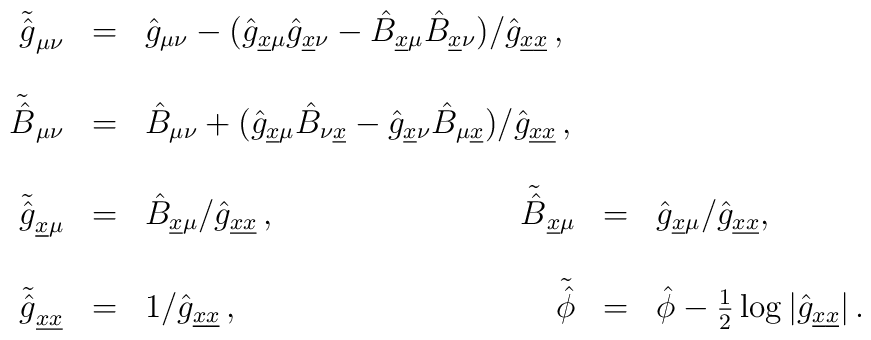
\begin{array}{rclrcl}\tilde{\hat{g}}_{\mu\nu} & = &\hat{g}_{\mu\nu}-(\hat{g}_{\underline{x}\mu}\hat{g}_{\underline{x}\nu}-\hat{B}_{\underline{x}\mu}\hat{B}_{\underline{x}\nu})/\hat{g}_{\underline{x}\underline{x}}\, ,\hspace{-1cm}& & &\\& & & & &\\\tilde{\hat{B}}_{\mu\nu} & = &\hat{B}_{\mu\nu}+(\hat{g}_{\underline{x}\mu}\hat{B}_{\nu \underline{x}}-\hat{g}_{\underline{x}\nu}\hat{B}_{\mu \underline{x}})/\hat{g}_{\underline{x}\underline{x}}\, ,\hspace{-1cm}& & &\\& & & & &\\\tilde{\hat{g}}_{\underline{x}\mu} & = &\hat{B}_{\underline{x}\mu}/\hat{g}_{\underline{x}\underline{x}}\, , &\tilde{\hat{B}}_{\underline{x}\mu} & = &\hat{g}_{\underline{x}\mu}/\hat{g}_{\underline{x}\underline{x}},\\& & & & &\\\tilde{\hat{g}}_{\underline{x}\underline{x}} & = &1/\hat{g}_{\underline{x}\underline{x}}\, , &\tilde{\hat{\phi}} & = & \hat{\phi} -\frac{1}{2}\log|\hat{g}_{\underline{x}\underline{x}}|\, .\end{array}